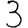
Digit: 3